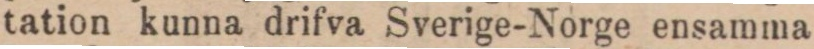
tation kunna drifva Sverige-Norge ensamma